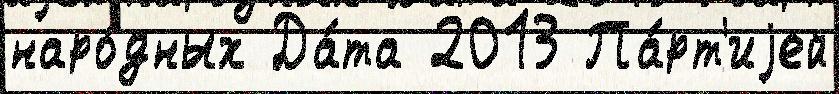
наро́дных Да́та 2013 Па́рт'иjей